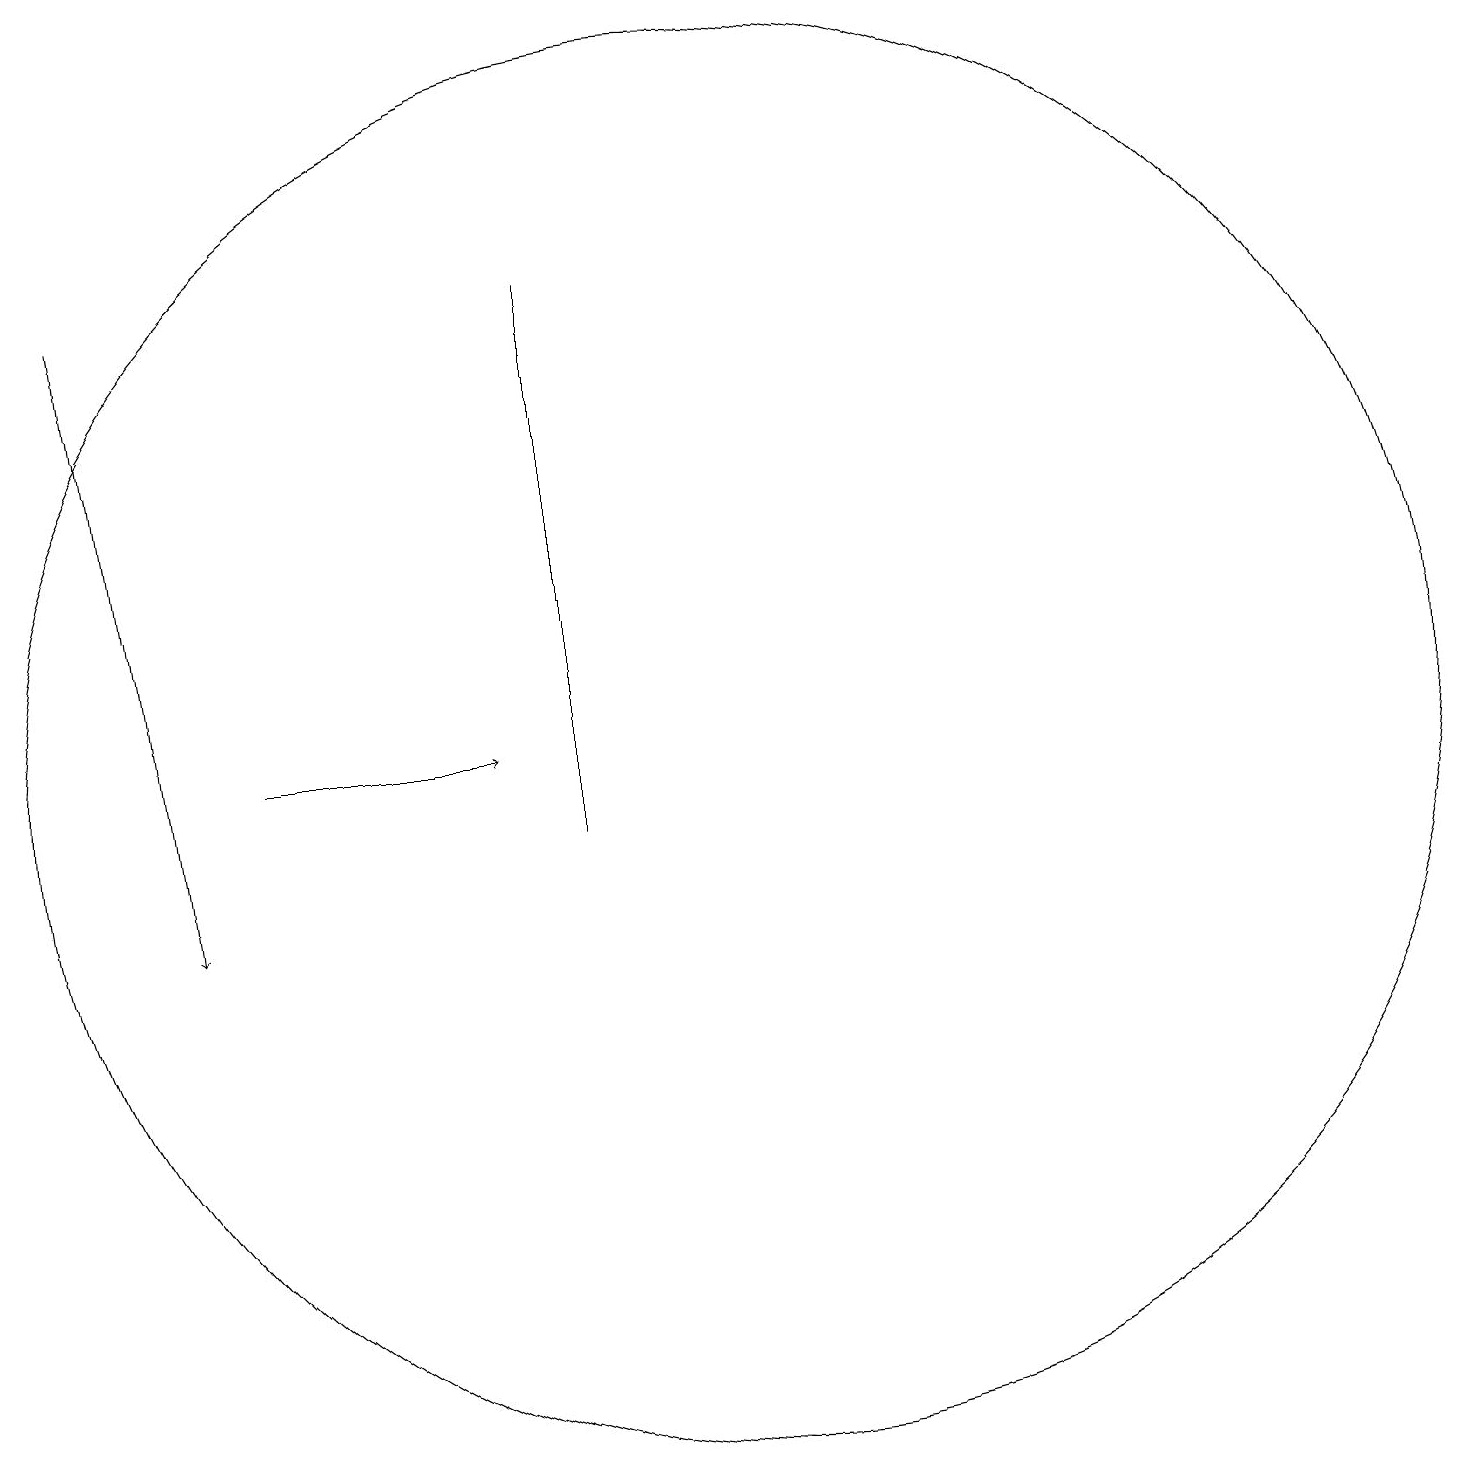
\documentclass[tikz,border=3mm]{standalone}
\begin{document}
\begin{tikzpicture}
\draw[->] (2,18) -- (3,10);
\draw[->] (4,12) -- (7,12);
\draw (8,18) rectangle (8,11);
\draw (10,12) circle (9);
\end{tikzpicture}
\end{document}